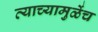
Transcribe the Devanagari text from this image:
त्याच्यामुळेंच